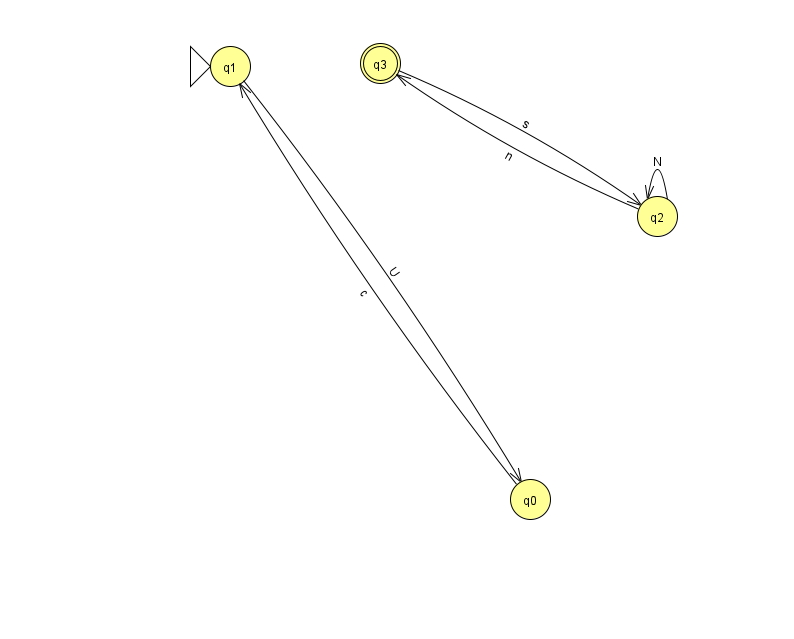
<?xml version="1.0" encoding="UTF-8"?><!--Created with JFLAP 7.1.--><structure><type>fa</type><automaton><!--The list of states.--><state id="0" name="q0"><x>530.0</x><y>486.0</y></state><state id="1" name="q1"><x>230.0</x><y>53.0</y><initial/></state><state id="2" name="q2"><x>657.0</x><y>203.0</y></state><state id="3" name="q3"><x>380.0</x><y>50.0</y><final/></state><!--The list of transitions.--><transition><from>0</from><to>1</to><read>c</read></transition><transition><from>2</from><to>3</to><read>n</read></transition><transition><from>1</from><to>0</to><read>U</read></transition><transition><from>3</from><to>2</to><read>s</read></transition><transition><from>2</from><to>2</to><read>N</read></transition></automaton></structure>